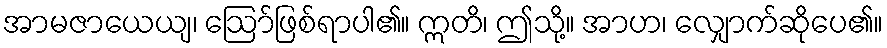
အာမဇာယေယျ၊ ဩော်ဖြစ်ရာပါ၏။ ဣတိ၊ ဤသို့။ အာဟ၊ လျှောက်ဆိုပေ၏။